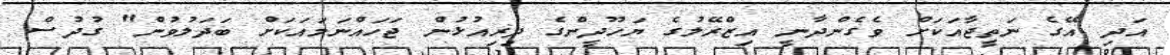
އަދި އޭގެ ނަތީޖާއަކަށް ވެގެންދާނީ އިޒްރޭލުގެ ޔަހޫދީންގެ ދިރިއުޅުން ޖަހައްނަމައަކަށް ބަދަލުވުން" ގުދުސް